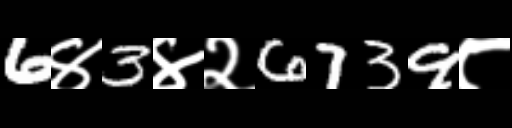
Text: 6४3४२6739८